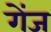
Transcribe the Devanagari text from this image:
गेंज